Language: tamil
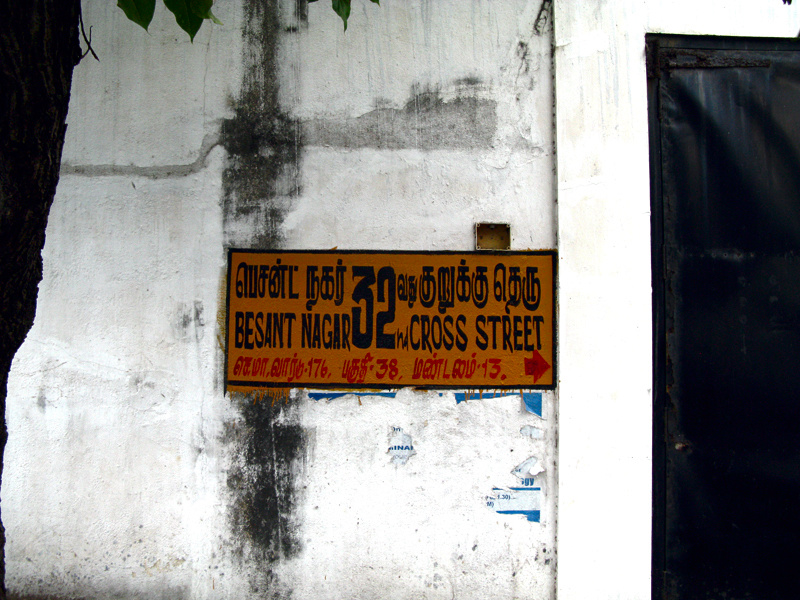
Transcription: வார் பகுதி பெசன்ட் நகர் குறுக்கு தெரு செமா மண்டலம்